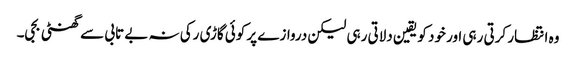
وہ انتظار کرتی رہی اور خود کو یقین دلاتی رہی لیکن دروازے پر کوئی گاڑی رکی نہ بے تابی سے گھنٹی بجی۔